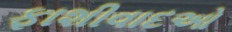
ફાશીવાદઓ